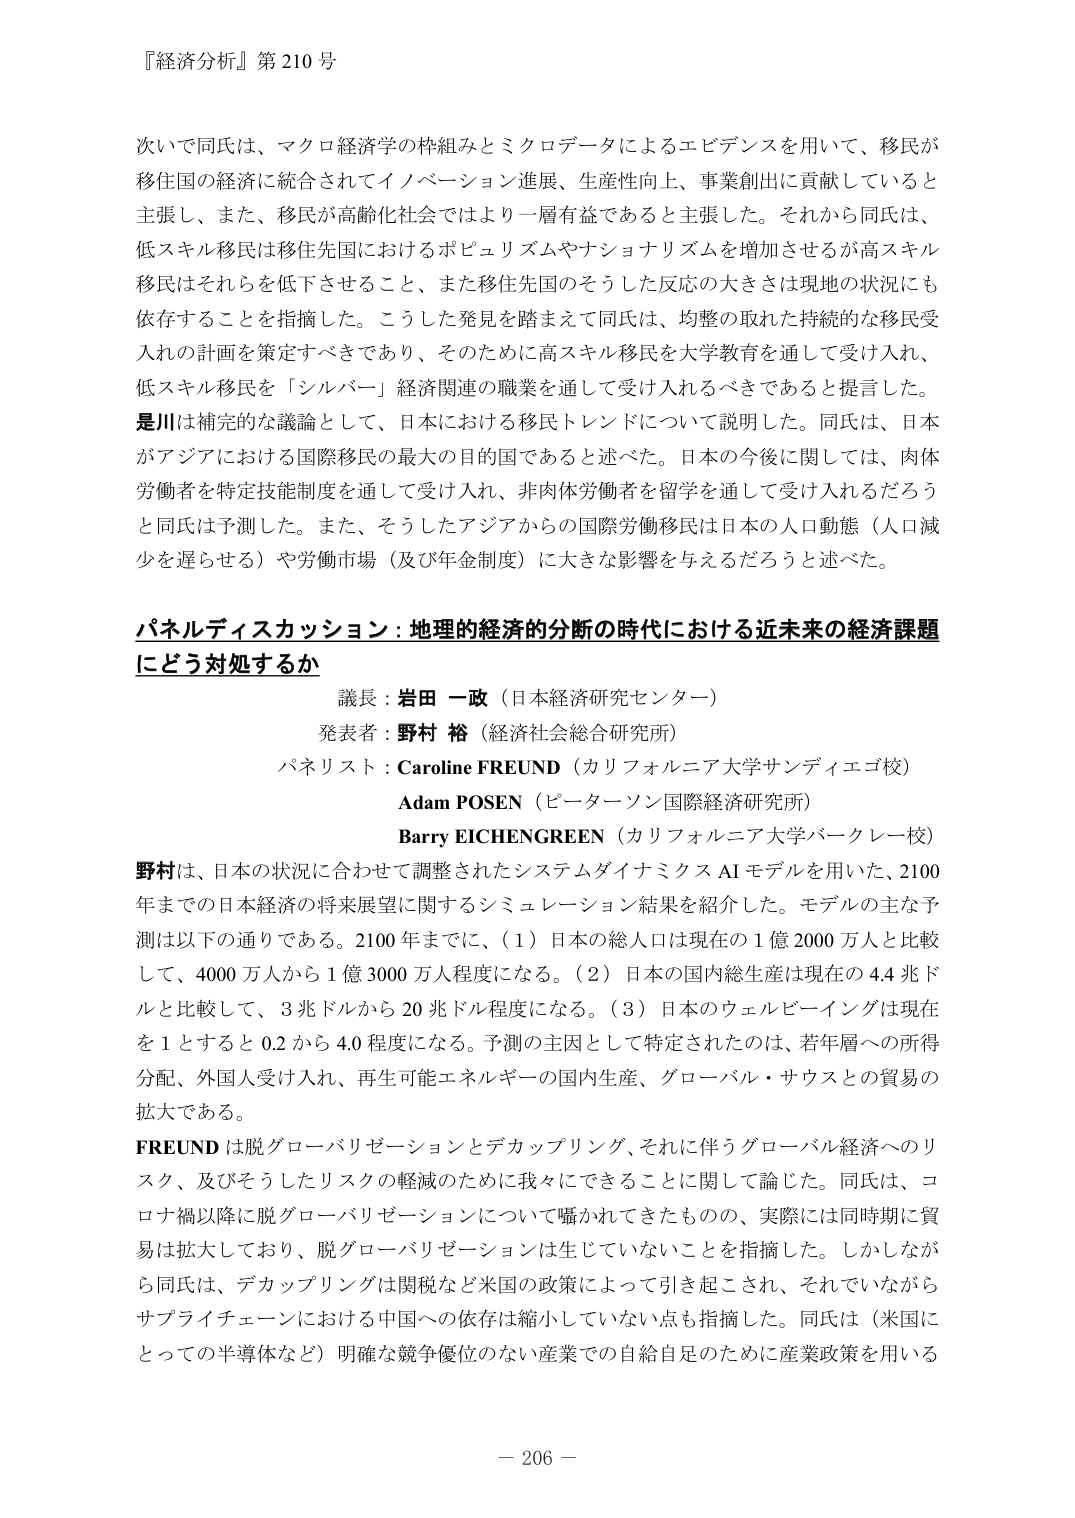
『経済分析』第210号

次いで同氏は、マクロ経済学の枠組みとミクロデータによるエビデンスを用いて、移民が移住国の経済に統合されてイノベーション進展、生産性向上、事業創出に貢献していると主張し、また、移民が高齢化社会ではより一層有益であると主張した。それから同氏は、低スキル移民は移住先国におけるポピュリズムやナショナリズムを増加させるが高スキル移民はそれらを低下させること、また移住先国のそうした反応の大きさは現地の状況にも依存することを指摘した。こうした発見を踏まえて同氏は、均整の取れた持続的な移民受入れの計画を策定すべきであり、そのために高スキル移民を大学教育を通して受け入れ、低スキル移民を「シルバー」経済関連の職業を通して受け入れるべきであると提言した。

是川は補完的な議論として、日本における移民トレンドについて説明した。同氏は、日本がアジアにおける国際移民の最大の目的国であると述べた。日本の今後に関しては、肉体労働者を特定技能制度を通して受け入れ、非肉体労働者を留学を通して受け入れるだろうと同氏は予測した。また、そうしたアジアからの国際労働移民は日本の人口動態（人口減少を遅らせる）や労働市場（及び年金制度）に大きな影響を与えるだろうと述べた。

パネルディスカッション：地理的経済的分断の時代における近未来の経済課題にどう対処するか

議長：岩田 一政（日本経済研究センター）
発表者：野村 裕（経済社会総合研究所）
パネリスト：Caroline FREUND（カリフォルニア大学サンディエゴ校）
Adam POSEN（ピーターソン国際経済研究所）
Barry EICHENGREEN（カリフォルニア大学バークレー校）

野村は、日本の状況に合わせて調整されたシステムダイナミクスAIモデルを用いた、2100年までの日本経済の将来展望に関するシミュレーション結果を紹介した。モデルの主な予測は以下の通りである。2100年までに、（1）日本の総人口は現在の1億2000万人と比較して、4000万人から1億3000万人程度になる。（2）日本の国内総生産は現在の4.4兆ドルと比較して、3兆ドルから20兆ドル程度になる。（3）日本のウェルビーイングは現在を1とするとき0.2から4.0程度になる。予測の主因として特定されたのは、若年層への所得分配、外国人受け入れ、再生可能エネルギーの国内生産、グローバル・サウスとの貿易の拡大である。

FREUNDは脱グローバリゼーションとデカップリング、それに伴うグローバル経済へのリスク、及びそうしたリスクの軽減のために我々にできることに関して論じた。同氏は、コロナ禍以降に脱グローバリゼーションについて囁かれてきたものの、実際には同時期に貿易は拡大しており、脱グローバリゼーションは生じていないことを指摘した。しかしながら同氏は、デカップリングは関税など米国の政策によって引き起こされ、それでいながらサプライチェーンにおける中国への依存は縮小していない点も指摘した。同氏は（米国にとっての半導体など）明確な競争優位のない産業での自給自足のために産業政策を用いる

－ 206 －